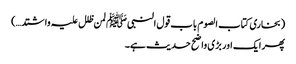
(بخاری کتاب الصوم باب قول النبیﷺ لمن ظلل علیہ واشتد…)
پھر ایک اور بڑی واضح حدیث ہے۔